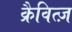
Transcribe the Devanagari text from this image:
क्रैवित्ज़